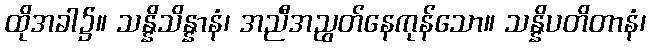
ထိုအခါ၌။ သန္နိသိန္နာနံ၊ အညီအညွတ်နေကုန်သော။ သန္နိပတိတာနံ၊